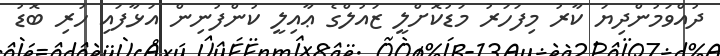
ދުއްވަމުންދިޔަ ކާރު މިފަހަރު މަޑުކޮށްލީ ޒައުލްގެ ޢާއިލީ ކުންފުނިން އަޅާފައި ހުރި ބޮޑު